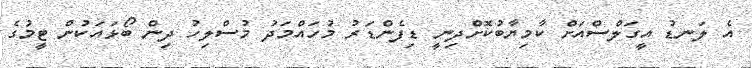
އެ ލަނޑު އީގަލްސްއަށް ކާމިޔާބުކޮށްދިނީ ޑިފެންޑަރު މުހައްމަދު މުސްލިހު ދިން ބޯޅައަކުން ޓީމުގެ